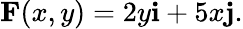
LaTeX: \mathbf{F}(x,y)=2y\mathbf{i}+5x\mathbf{j}.